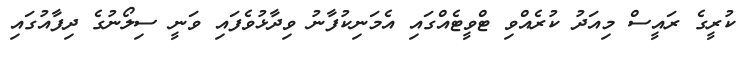
ކުރީގެ ރައީސް މިއަދު ކުރެއްވި ޓްވީޓެއްގައި އެމަނިކުފާނު ވިދާޅުވެފައި ވަނީ ސިލޯނުގެ ދިފާއުގައި